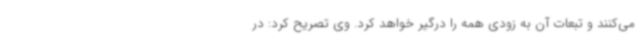
می‌کنند و تبعات آن به زودی همه را درگیر خواهد کرد. وی تصریح کرد: در